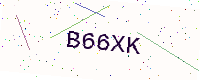
Text: B66XK